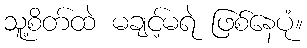
သူ့စိတ်ထဲ မချင့်မရဲ ဖြစ်နေပုံ။